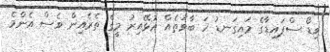
ވިޑޯ ސްޕައިޑާގެ މައިގަނޑު ހަ ބާވަތެއް އުޅޭއިރު މީގެ ތެރެއިން ވެސް އެންމެ